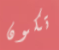
تكون